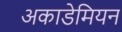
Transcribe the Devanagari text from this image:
अकाडेमियन